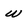
Character: w